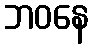
ဘဝနေ